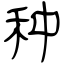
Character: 种